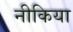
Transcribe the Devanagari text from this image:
नीकिया